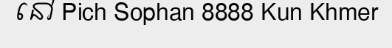
នៅ Pich Sophan 8888 Kun Khmer